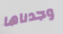
وجدناها